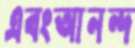
এবংআনন্দ